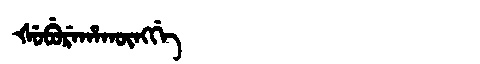
Manchu: ᡧᡠᠪᡠᡵᡝᡥᠠᡴᡡᠩᡤᡝ
Romanization: ŠUBUREHAKŪNGGE